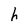
Character: h